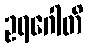
ဥရဂေါတိ